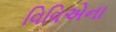
વિવિએના